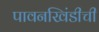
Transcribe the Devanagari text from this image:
पावनखिंडीची